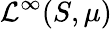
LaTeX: {\mathcal{L}}^{\infty}(S,\mu)